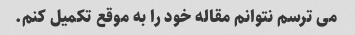
می ترسم نتوانم مقاله خود را به موقع تکمیل کنم.